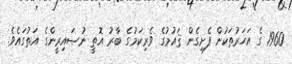
1960 ގެ އަހަރުތަކުން ފެށިގެން ޤައުމުގެ ވެރިކަމުގެ ބާރު އޮތީ ނުޞައިރީންގެ އަތުގައެވެ.